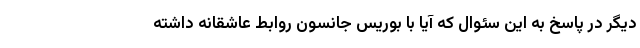
دیگر در پاسخ به این سئوال که آیا با بوریس جانسون روابط عاشقانه داشته